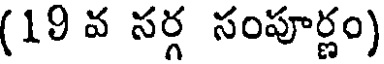
(19 వ సర్గ సంపూర్ణం)